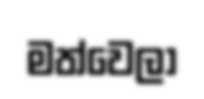
මත්වෙලා